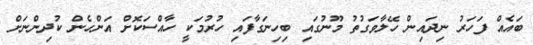
ބައެއް ފަހަރު ނިދައިން ހޭލާވަގުތު މޫނުގައި ބިހިނަގާފައި ހުރުމަކީ ހާއްސަކޮށް އަންހެން ކުދިންނަށް